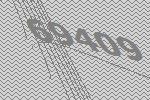
69409